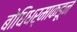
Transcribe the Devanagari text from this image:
बोधिधर्माकडून